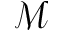
\mathcal M